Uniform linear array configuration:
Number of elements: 32
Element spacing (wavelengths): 0.5
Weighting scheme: binomial
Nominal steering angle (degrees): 30
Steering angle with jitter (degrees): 30.066
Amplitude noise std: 0.05
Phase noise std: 0.05

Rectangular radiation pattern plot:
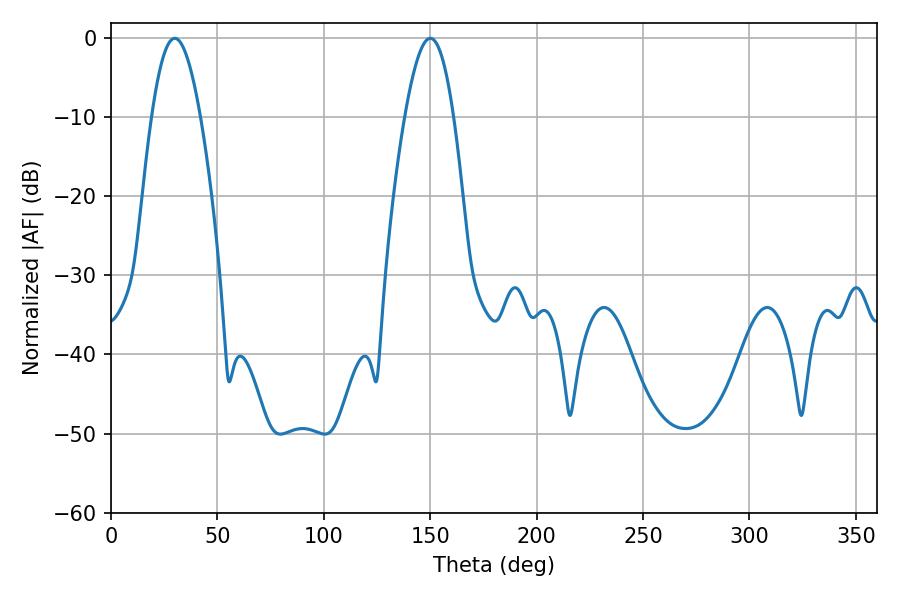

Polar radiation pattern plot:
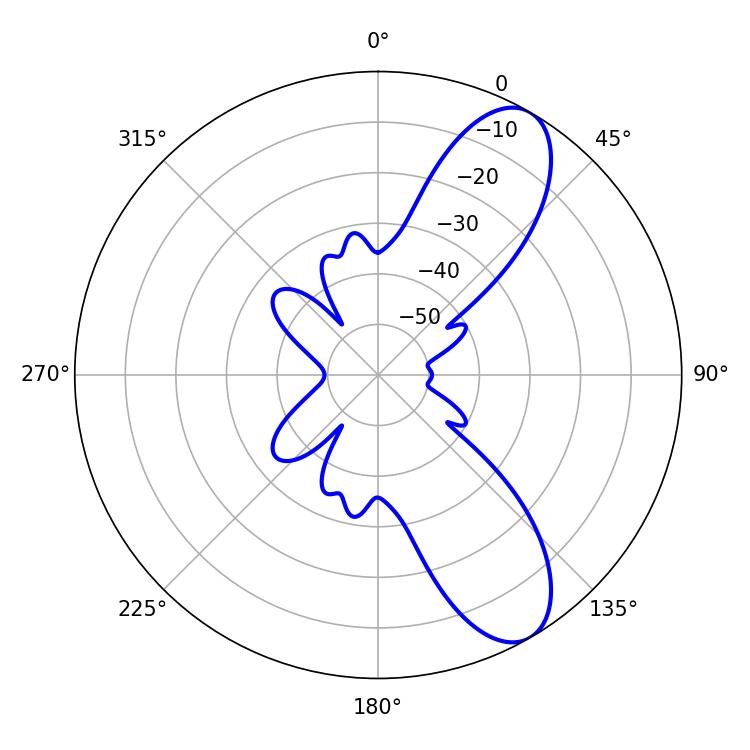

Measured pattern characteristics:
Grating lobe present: FALSE
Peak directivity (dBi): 9.289
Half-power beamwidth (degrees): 12.42
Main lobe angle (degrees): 29.88